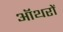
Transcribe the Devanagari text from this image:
ऑथरों